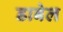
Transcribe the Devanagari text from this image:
डाबेल